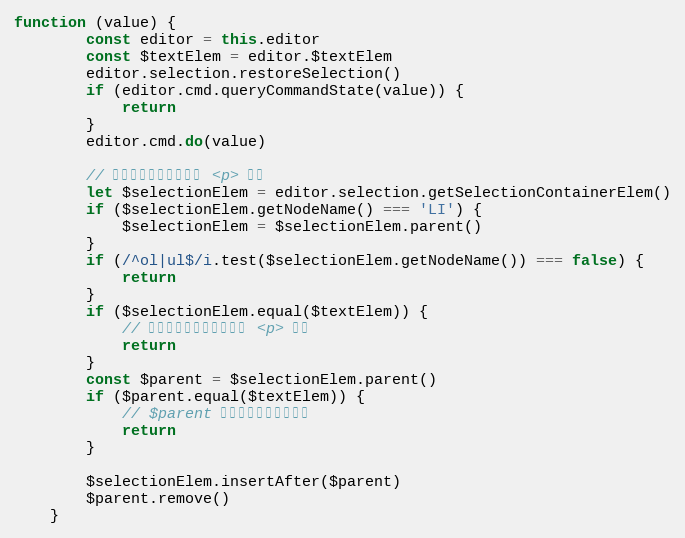
Language: JavaScript
function (value) {
        const editor = this.editor
        const $textElem = editor.$textElem
        editor.selection.restoreSelection()
        if (editor.cmd.queryCommandState(value)) {
            return
        }
        editor.cmd.do(value)

        // 验证列表是否被包裹在 <p> 之内
        let $selectionElem = editor.selection.getSelectionContainerElem()
        if ($selectionElem.getNodeName() === 'LI') {
            $selectionElem = $selectionElem.parent()
        }
        if (/^ol|ul$/i.test($selectionElem.getNodeName()) === false) {
            return
        }
        if ($selectionElem.equal($textElem)) {
            // 证明是顶级标签，没有被 <p> 包裹
            return
        }
        const $parent = $selectionElem.parent()
        if ($parent.equal($textElem)) {
            // $parent 是顶级标签，不能删除
            return
        }

        $selectionElem.insertAfter($parent)
        $parent.remove()
    }